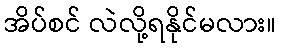
အိပ်စင် လဲလို့ရနိုင်မလား။